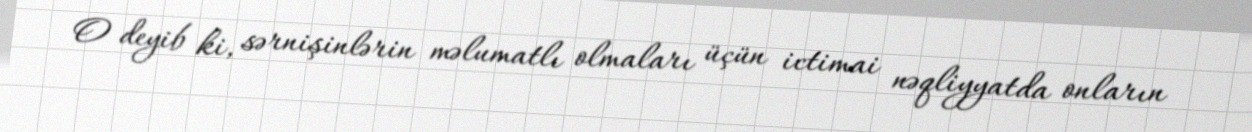
O deyib ki, sərnişinlərin məlumatlı olmaları üçün ictimai nəqliyyatda onların